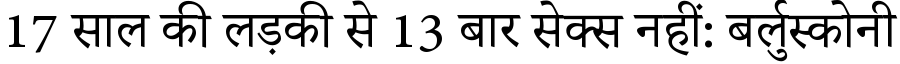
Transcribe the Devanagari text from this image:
17 साल की लड़की से 13 बार सेक्स नहीं: बर्लुस्कोनी